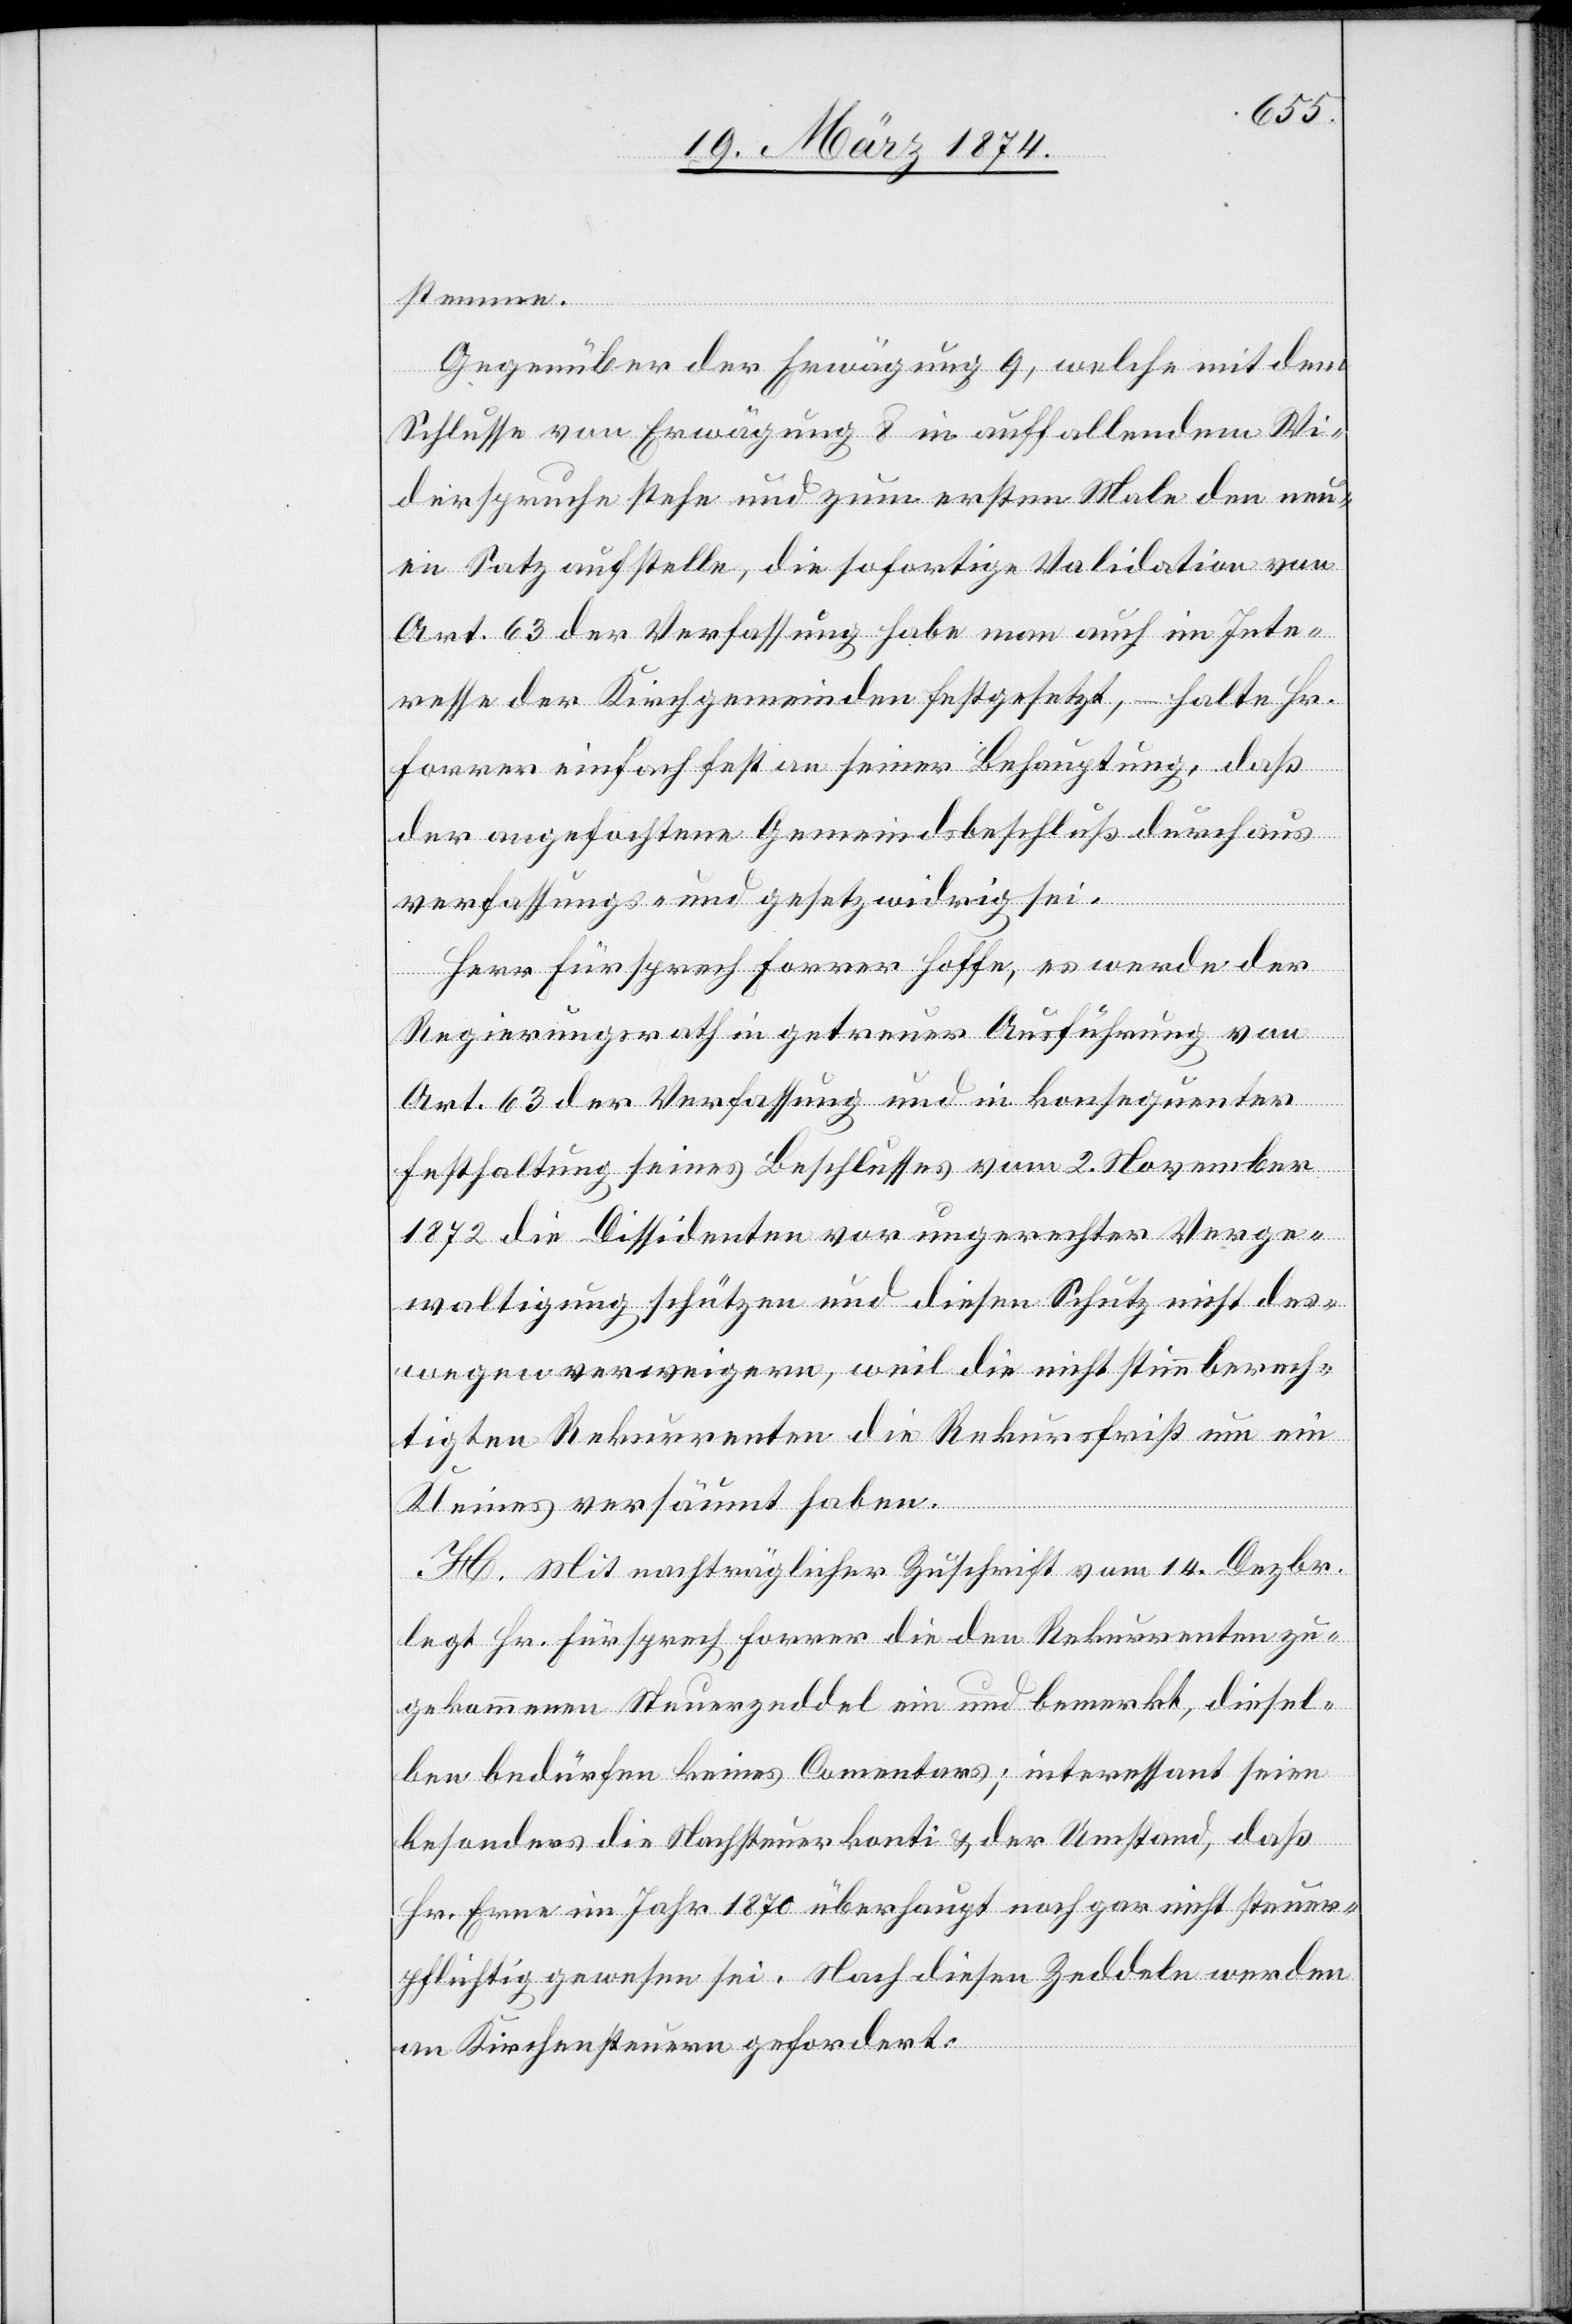
stemmen.
Gegenüber der Erwägung 9, welche mit dem
Schlusse von Erwägung 8 in auffallendem Wi¬
derspruche stehe und zum ersten Male den neu¬
en Satz aufstelle, die sofortige Validation von
Art. 63 der Verfassung habe man auch im Inte¬
resse der Kirchgemeinden festgesetzt, – halte Hr.
Forrer einfach fest an seiner Behauptung, daß
der angefochtene Gemeindsbeschluß durchaus
verfassungs- und gesetzwidrig sei.
Herr Fürsprech Forrer hoffe, es werde der
Regierungsrath in getreuer Ausführung von
Art. 63 der Verfassung und in konsequenter
Festhaltung seines Beschlusses vom 2. November
1872 die Dissidenten vor ungerechter Verge¬
waltigung schützen und diesen Schutz nicht des¬
wegen verweigern, weil die nicht stimmberech¬
tigten Rekurrenten die Rekursfrist um ein
Kleines versäumt haben.
H. Mit nachträglicher Zuschrift vom 14. Dezbr.
legt Hr. Fürsprech Forrer die den Rekurrenten zu¬
gekommenen Steuerzeddel ein und bemerkt, diesel¬
ben bedürfen keines Commentars; interessant seien
besonders die Nachsteuerkonti u. der Umstand, daß
Hr. Erne im Jahr 1870 überhaupt noch gar nicht steuer¬
pflichtig gewesen sei. Nach diesen Zeddeln werden
an Kirchensteuer gefordert: